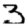
Digit: 3